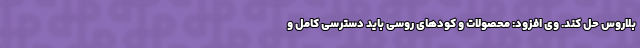
بلاروس حل کند. وی افزود: محصولات و کودهای روسی باید دسترسی کامل و